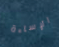
الإساءة